Vaccination in Bombay 1889-1901 - 1889-1901
Year: 1889
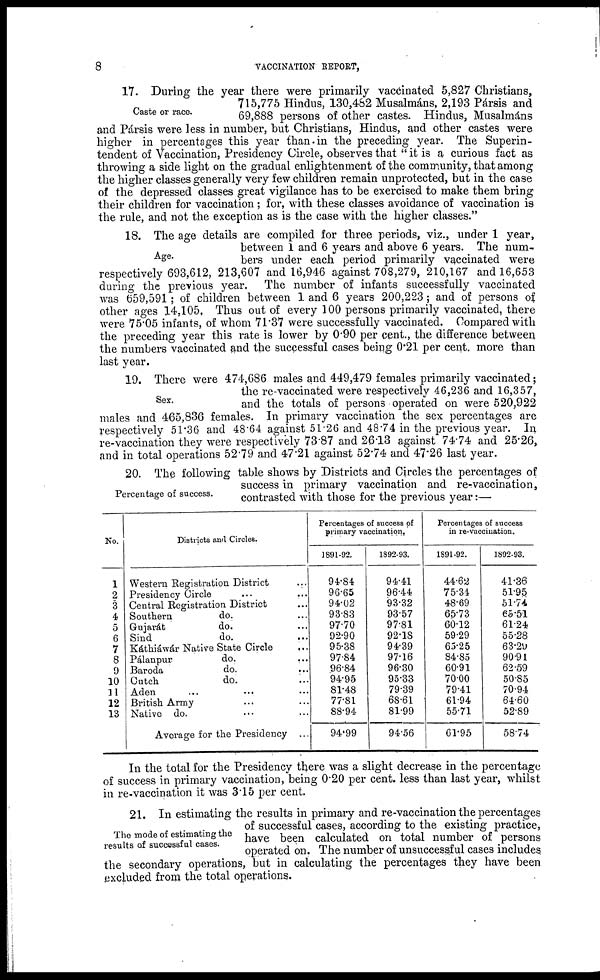
8
VACCINATION REPORT,
Caste or race.
17. During the year there were primarily vaccinated 5,827 Christians,
715,775 Hindus, 130,482 Musalmáns, 2,193 Pársis and
69,888 persons of other castes. Hindus, Musalmáns
and Pársis were less in number, but Christians, Hindus, and other castes were
higher in percentages this year than in the preceding year. The Superin-
tendent of Vaccination, Presidency Circle, observes that " it is a curious fact as
throwing a side light on the gradual enlightenment of the community, that among
the higher classes generally very few children remain unprotected, but in the case
of the depressed classes great vigilance has to be exercised to make them bring
their children for vaccination; for, with these classes avoidance of vaccination is
the rule, and not the exception as is the case with the higher classes."
Age.
18. The age details are compiled for three periods, viz., under 1 year,
between 1 and 6 years and above 6 years. The num-
bers under each period primarily vaccinated were
respectively 693,612, 213,607 and 16,946 against 708,279, 210,167 and 16,653
during the previous year. The number of infants successfully vaccinated
was 659,591 ; of children between 1 and 6 years 200,223; and of persons of
other ages 14,105, Thus out of every 100 persons primarily vaccinated, there
were 75.05 infants, of whom 71.37 were successfully vaccinated. Compared with
the preceding year this rate is lower by 0.90 per cent., the difference between
the numbers vaccinated and the successful cases being 0.21 per cent. more than
last year.
Sex.
19. There were 474,686 males and 449,479 females primarily vaccinated;
the re-vaccinated were respectively 46,236 and 16,357,
and the totals of persons operated on were 520,922
males and 465,836 females. In primary vaccination the sex percentages are
respectively 51.36 and 48.64 against 51.26 and 48.74 in the previous year. In
re-vaccination they were respectively 73.87 and 26.13 against 74.74 and 25.26,
and in total operations 52.79 and 47.21 against 52.74 and 47.26 last year.
Percentage of success.
20. The following table shows by Districts and Circles the percentages of
success in primary vaccination and re-:vaccination,
contrasted with those for the previous year:—
No.
1
2
3
4
5
6
7
8
9
10
11
12
13
Districts and Circles.
Western Registration District ...
Presidency Circle ... ...
Central Registration District ...
Southern
do. ...
Gujarát
do. ...
Sind
do. ...
Káthiáwár Native State Circle ...
Pálanpur
do.
...
Baroda
do.
...
Cutch
do. ...
Aden ... ... ...
British Army ... ...
Native do. ... ...
Average for the Presidency ...
Percentages of success of
primary vaccination.
1891-92.
94.84.
96.65
94.02
93.83
97.70
92.90
95.38
97.84
96.84
94.95
81.48
77.81
88.94
94.99
1892-93.
94.41
96.44
93.32
93.57
97.81
92.18
94.39
97.16
96.30
95.33
79.39
68.61
81.99
94.56
Percentages of success
in re-vaccination.
1891-92.
44.62
75.34
48.69
65.73
60.12
59.29
65.25
84.85
60.91
70.00
79.41
61.94
55.71
61.95
1892-93.
41.36
51.95
51.74
65.51
61.24
55.28
63.29
90.91
62.59
50.85
70.94
64.60
52.89
58.74
In the total for the Presidency there was a slight decrease in the percentage
of success in primary vaccination, being 0.20 per cent. less than last year, whilst
in re-vaccination it was 3.15 per cent.
The mode of estimating the
results of successful cases.
21. In estimating the results in primary and re-vaccination the percentages
of successful cases, according to the existing practice,
have been calculated on total number of persons
operated on. The number of unsuccessful cases includes
the secondary operations, but in calculating the percentages they have been
excluded from the total operations.